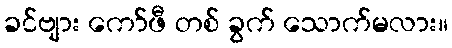
ခင်ဗျား ကော်ဖီ တစ် ခွက် သောက်မလား။